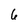
Character: 6